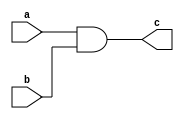
module and2(a,b,c);

input a, b;
output c;

assign c = a & b;

endmodule